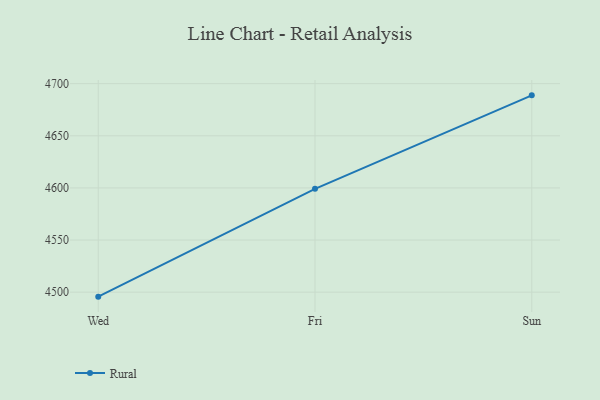
{"axis": {"x": "Day", "y": "Population (Million)"}, "legend": ["Rural"], "data": [{"x": "Wed", "y": 4495.7, "type": "Rural"}, {"x": "Fri", "y": 4599.1, "type": "Rural"}, {"x": "Sun", "y": 4688.8, "type": "Rural"}]}